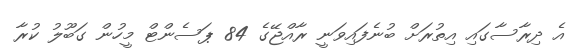
އެ ދިރާސާގައި އިތުރަށް ބުނެފައިވަނީ ރާއްޖޭގެ 84 ޕަސެންޓް މީހުން ގަބޫލު ކުރާ